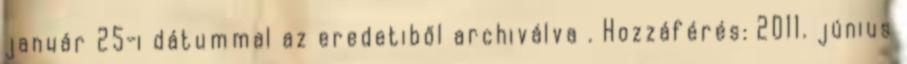
január 25-i dátummal az eredetiből archiválva . Hozzáférés: 2011. június